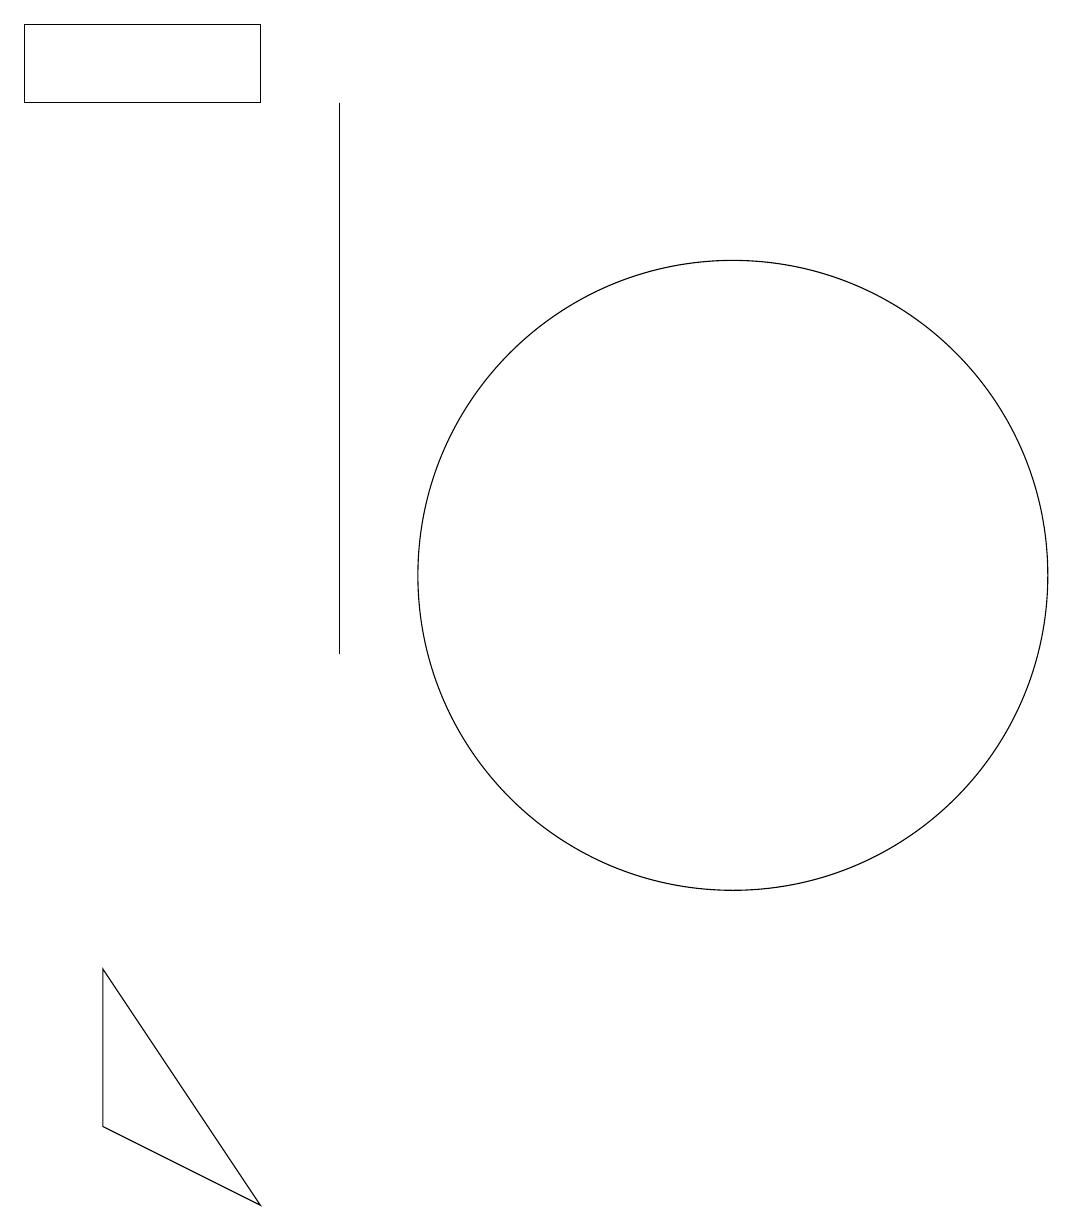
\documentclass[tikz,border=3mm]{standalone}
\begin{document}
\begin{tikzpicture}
\draw (6,3) -- (4,4) -- (4,6) -- cycle;
\draw (6,17) rectangle (3,18);
\draw (7,17) rectangle (7,10);
\draw (12,11) circle (4);
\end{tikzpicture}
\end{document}